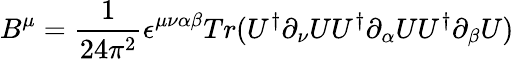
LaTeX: B^{\mu}=\frac{1}{24\pi^{2}}\epsilon^{\mu\nu\alpha\beta}Tr(U^{\dagger}\partial_{\nu}UU^{\dagger}\partial_{\alpha}UU^{\dagger}\partial_{\beta}U)